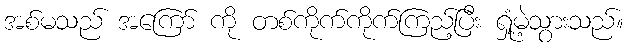
အစ်မသည် အကြော် ကို တစ်ကိုက်ကိုက်ကြည့်ပြီး ရှုံ့မဲ့သွားသည်။